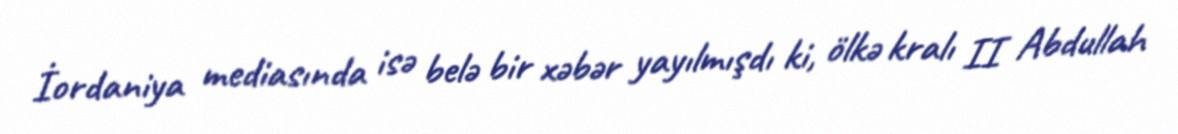
İordaniya mediasında isə belə bir xəbər yayılmışdı ki, ölkə kralı II Abdullah